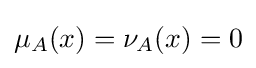
\mu _{A}(x)=\nu _{A}(x)=0